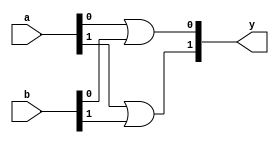
 module or_gate_generate (
       input wire [1:0] a, 
       input wire [1:0] b, 
       output wire [1:0] y 
   );
       genvar i;
       generate
           for (i = 0; i < 2; i = i + 1) begin : or_gen
               assign y[i] = a[i] | b[i];
           end
       endgenerate
   endmodule